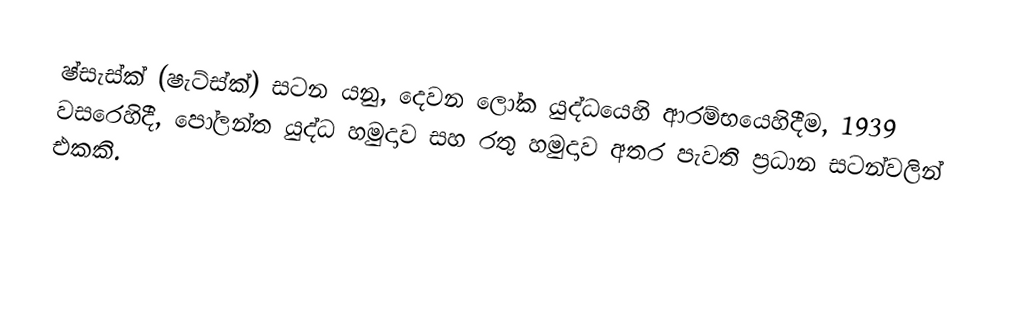
ෂ්සැස්ක් (ෂැට්ස්ක්) සටන යනු, දෙවන ලෝක යුද්ධයෙහි ආරම්භයෙහිදීම, 1939 වසරෙහිදී,  පෝලන්ත යුද්ධ හමුදාව සහ රතු හමුදාව අතර පැවති ප්‍රධාන සටන්වලින් එකකි.